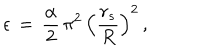
LaTeX: \epsilon \, = \, \frac { \alpha } { 2 } \, \pi ^ { 2 } \, \left( \frac { r _ { s } } { R } \right) ^ { 2 } \, { , }